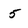
Character: 5